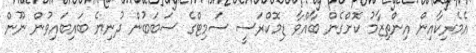
އެމެރިކާއިން އިންތިޒާމު ކޮށްގެން ބާއްވާ ޑިމޮކްރަސީ ސަމިޓްގެ ސަބަބުން ދުނިޔެ ބައިބައިވުން ނޫން